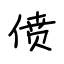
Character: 偾